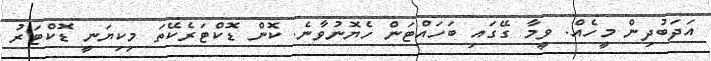
އަދަބުދިން މީހެއް. ވީމާ ގޭގައި ބަހައްޓަން ހެޔޮނުވާނެ. ކޮން ޑޮކްޓަރެކޭތަ މިކިޔަނީ ޑޮކްޓަރު